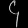
Digit: ၄